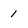
Character: 1